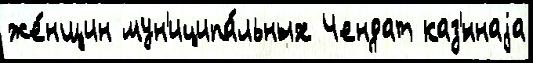
же́нщин мун'иципа́льных Чендат каз'́ннаjа